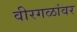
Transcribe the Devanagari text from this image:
वीरगळांवर